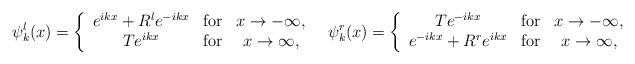
LaTeX: \begin{align*}&\psi_k^l(x)=\left\{\begin{array}{ccc}e^{ikx}+R^l e^{-ikx} & {\rm for} & x\to-\infty,\\T e^{ikx}& {\rm for} & x\to\infty,\end{array}\right.&&\psi_k^r(x)=\left\{ \begin{array}{ccc}T e^{-ikx} & {\rm for} & x\to-\infty,\\e^{-ikx}+R^r e^{ikx}& {\rm for} & x\to\infty,\end{array}\right.\end{align*}